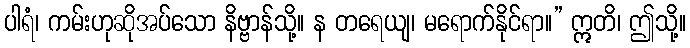
ပါရံ၊ ကမ်းဟုဆိုအပ်သော နိဗ္ဗာန်သို့။ န တရေယျ၊ မရောက်နိုင်ရာ။” ဣတိ၊ ဤသို့။